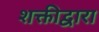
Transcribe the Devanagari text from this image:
शक्तीद्वारा